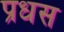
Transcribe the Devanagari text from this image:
प्रधस